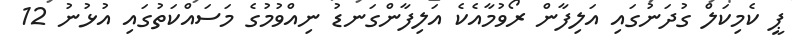
ޕީ ކެމިކަލް ގުދަނުގައި އަލިފާން ރޯވުމާއެކެ އަލިފާންގަނޑު ނިއްވުމުގެ މަސައްކަތުގައި އުޅުނު 12